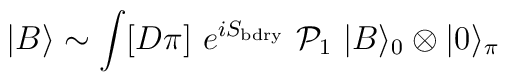
|B\rangle \sim \int [D\pi]\ e^{ iS_{\rm bdry}}\  {\cal P}_1\  |B\rangle_0\otimes |0\rangle_\pi